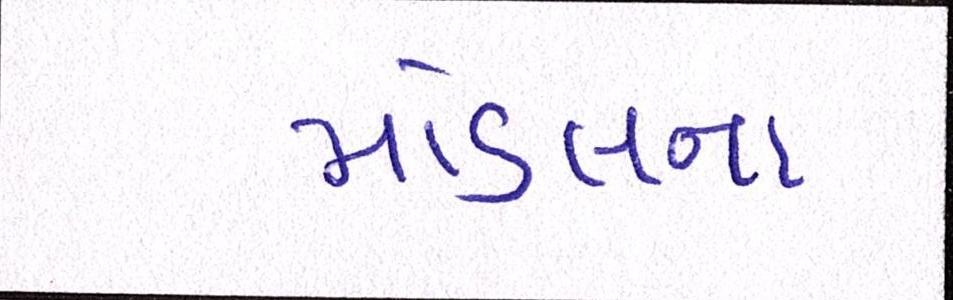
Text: મોડલના